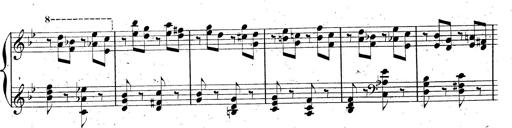
Title: AnnÃ©es de pÃ¨lerinage II, SupplÃ©ment
Composer: Franz Liszt